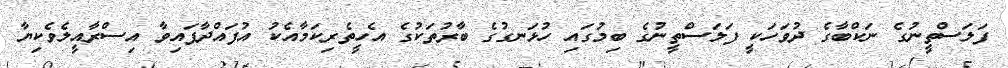
ފަލަސްތީނުގެ ނަކްބާގެ ދުވަހަކީ ފަލަސްތީނުގެ ބިމުގައި ހުޅަނގުގެ ބާރުތަކުގެ އެހީތެރިކަމާއެކު އުފައްދާފައިވާ އިސްރާއީލެވެކިޔާ